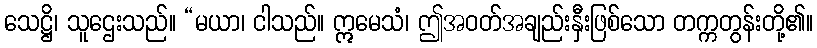
သေဋ္ဌိ၊ သူဌေးသည်။ “မယာ၊ ငါသည်။ ဣမေသံ၊ ဤအဝတ်အချည်းနှီးဖြစ်သော တက္ကတွန်းတို့၏။